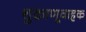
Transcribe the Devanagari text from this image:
शुक्राणूवाहक